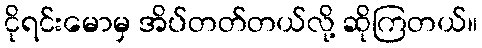
ငိုရင်းမောမှ အိပ်တတ်တယ်လို့ ဆိုကြတယ်။